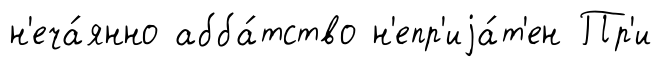
н'еча́янно абба́тство н'епр'иjа́т'ен Пр'и